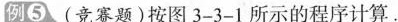
例⑤(竞赛题)按图3-3-1所示的程序计算。